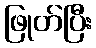
ဖြုတ်ပြီး